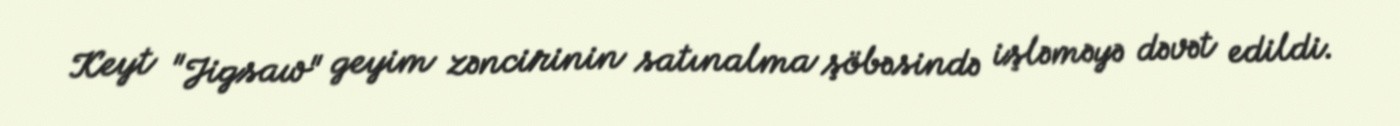
Keyt "Jigsaw" geyim zəncirinin satınalma şöbəsində işləməyə dəvət edildi.